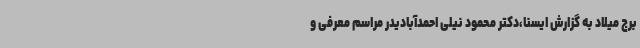
برج میلاد به گزارش ایسنا،دکتر محمود نیلی احمدآبادیدر مراسم معرفی و